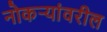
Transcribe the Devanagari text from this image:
नोकऱ्यांवरील